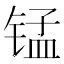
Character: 锰